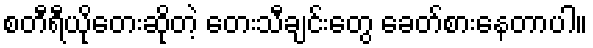
စတီရီယိုတေးဆိုတဲ့ တေးသီချင်းတွေ ခေတ်စားနေတာပါ။